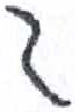
אות: ד